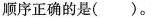
顺序正确的是()。